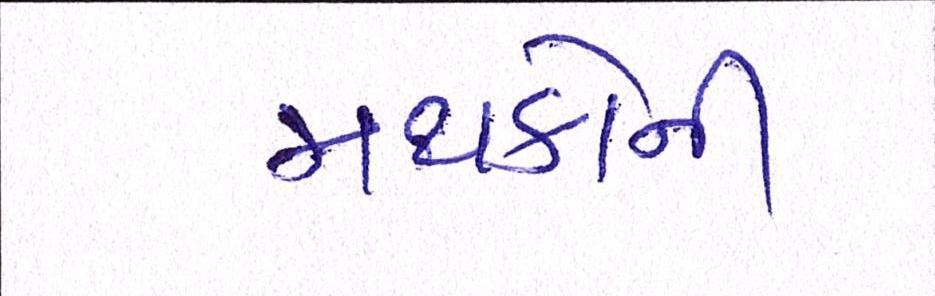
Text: મથકોની